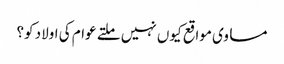
مساوی مواقع کیوں نہیں ملتے عوام کی اولاد کو؟